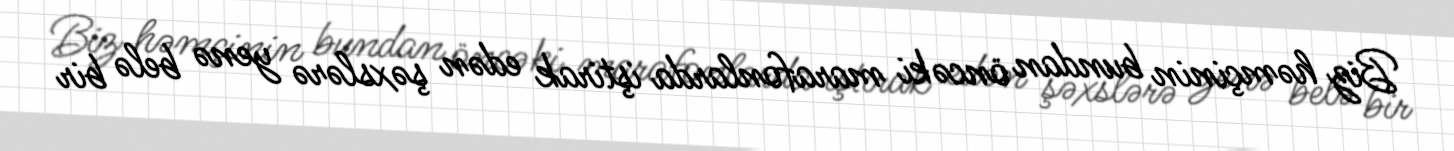
Biz həmçinin bundan öncəki marafonlarda iştirak edən şəxslərə yenə belə bir